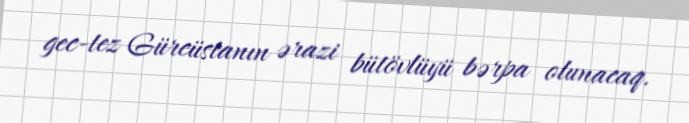
gec-tez Gürcüstanın ərazi bütövlüyü bərpa olunacaq.